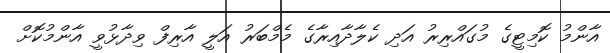
އާންމު ކޮމިޓީގެ މުގައްރިރު އަދި ކެލާދާއިރާގެ މެމްބަރު އަލީ އާރިފް ވިދާޅުވީ އާންމުކޮށް